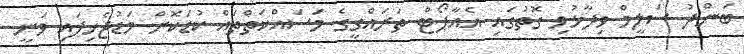
ބަންދު ސަލީމް ވިދާޅުވި ގޮތުގައި އެއާޕޯޓް ތަރައްގީގެ މަސައްކަތްތައް ކުޑަކޮށް މަޑުޖެހިފައި ވަނީ